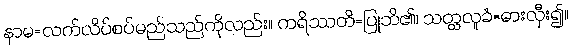
နာမ=လက်လိပ်စပ်မည်သည်ကိုလည်း။ ကရိဿတိ=ပြုဘိ၏၊ သတ္ထလူခံ=ဓားလှီး၍။